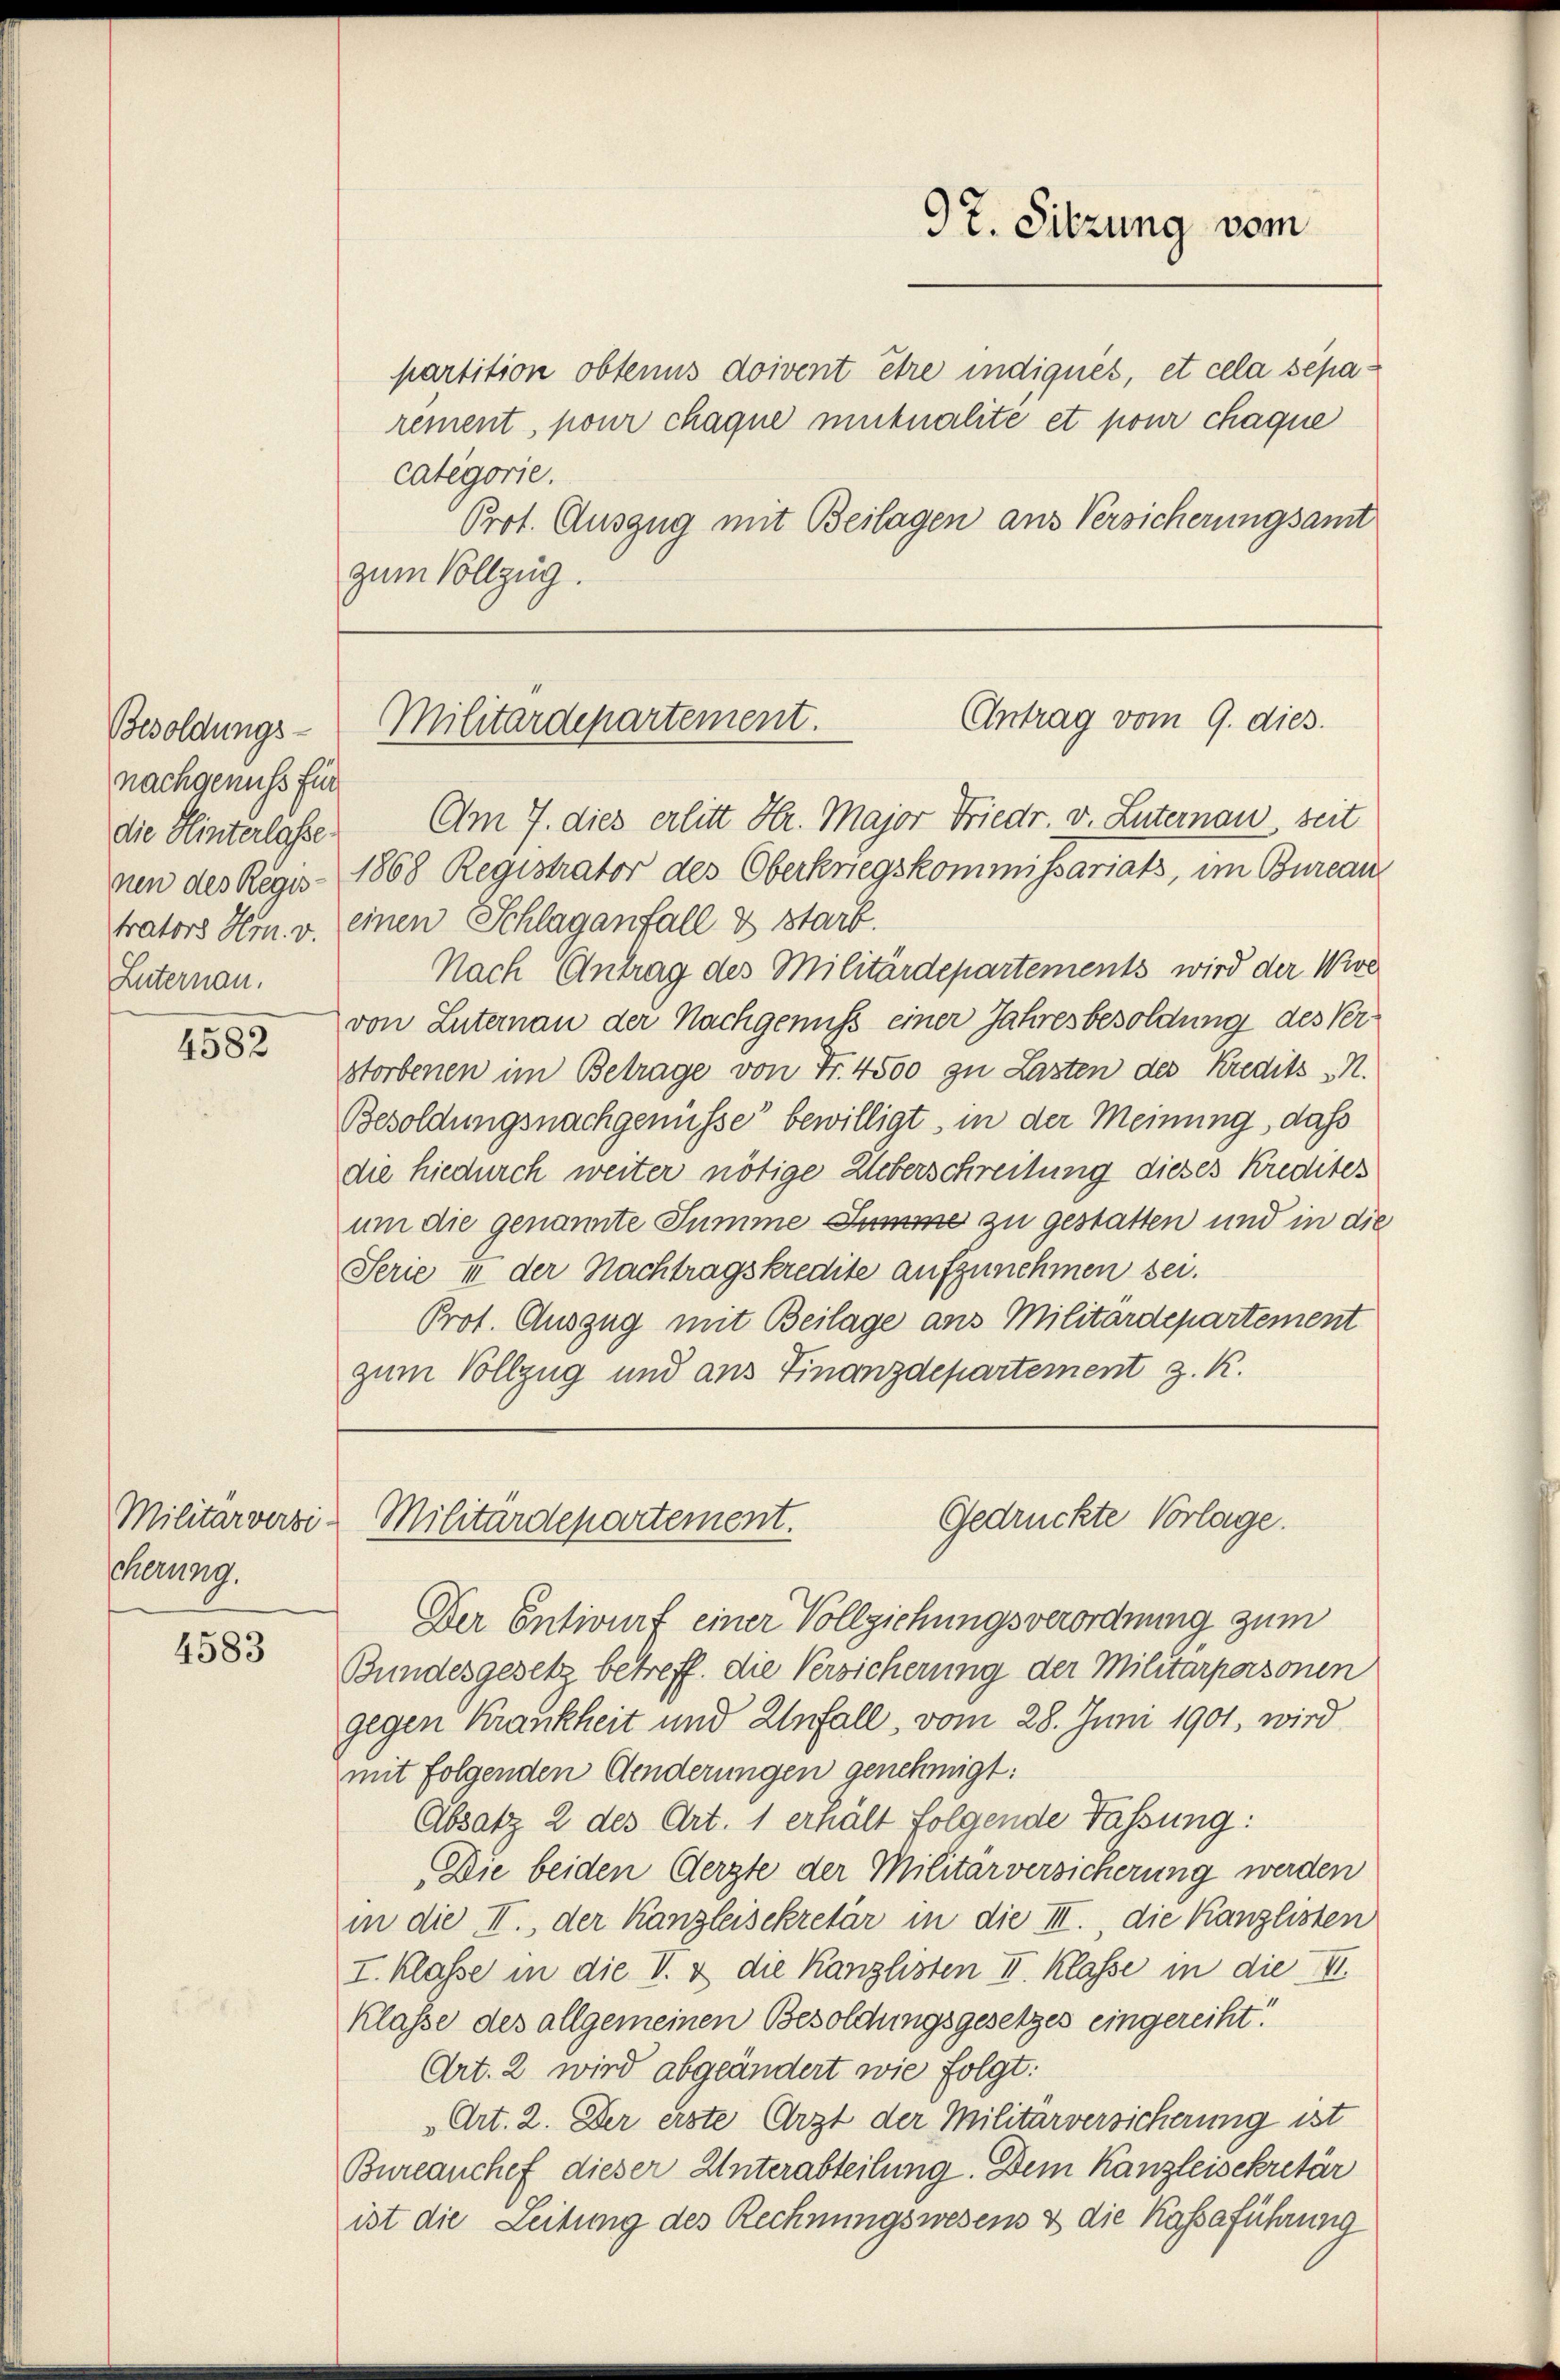
Besoldungs-
nachgenuss für
die Hinterlasse
nen des Regis-
Lnternau.

4582

Militärversi-
cherung.

4583

partition obtenus doivent être indiques, et cela separement, pour chaque mitnalite et pour chaque
categorie.
Prot. Auszug mit Beilagen aus Versicherungsamt
zum Vollzug.

9t. Sitzung vom

Antrag vom 9. dies
Militärdepartement.

Am 7. dies erlitt Hr. Major Friedr. v. Luternau seit
1868 Registrator des Oberkriegskommissariats, im Bureau
trators Hrn. v. einen Schlaganfall & starb.
Nach Antrag des Militärdepartements wird der Woc
von Luternau der Nachgenuß einer Jahresbesoldung des Verstorbenen im Betrage von Fr. 4500 zu Lasten des Kredits N.
Besoldungsnachgenüsse bewilligt, in der Meinung, daß
die hiedurch weiter nötige Ueberschreibung dieses Kredites
um die genannte Summe Summe zu gestatten und in die
Serie 11 der Nachtragskredite aufzunehmen sei.
Prot. Auszug mit Beilage aus Militärdepartement
zum Vollzug und aus Finanzdepartement z. K.

Gedrückte Vorlage.
Militärdepartement.

Der Entwurf einer Vollziehungsverordnung zum
Bundesgesetz betreff. die Versicherung der Militarpersonen
gegen Krankheit und Unfall, vom 28. Juni 1901, wird
mit folgenden Aenderungen genehmigt:
Absatz 2 des Art. 1 erhält folgende Fassung:
Die beiden Aerzte der Militärversicherung werden
in die II., der Kanzleisekretär in die III., die Kanzlisten
I. Klasse in die V. & die Kanzlisten II. Klasse in die II
Klasse des allgemeinen Besoldungsgesetzes eingereiht!
Art. 2 wird abgeändert wie folgt.
Art. 2. Der erste Arzt der Militärversicherung ist
Bureauchef dieser Unterabteilung. Dem Kanzleisekretär
ist die Leitung des Rechnungswesens & die Kassaführung